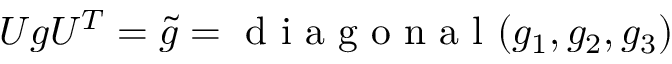
U g U ^ { T } = \tilde { g } = \mathrm { ~ d ~ i ~ a ~ g ~ o ~ n ~ a ~ l ~ } ( g _ { 1 } , g _ { 2 } , g _ { 3 } )